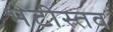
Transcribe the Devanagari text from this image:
भेटीस्तव